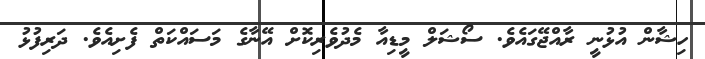
ހިޝާން އުޅުނީ ރާއްޖޭގައެވެ. ސޯޝަލް މީޑިއާ މެދުވެރިކޮށް އޭނާގެ މަސައްކަތް ފެށިއެވެ. ދަރިފުޅު